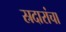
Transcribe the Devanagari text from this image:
स्रदारांचा